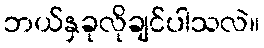
ဘယ်နှခုလိုချင်ပါသလဲ။